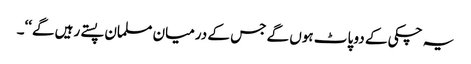
یہ چکی کے دو پاٹ ہوں گے جس کے درمیان مسلمان پستے رہیں گے‘‘۔